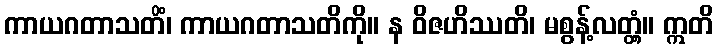
ကာယဂတာသတိံ၊ ကာယဂတာသတိကို။ န ဝိဇဟိဿတိ၊ မစွန့်လတ္တံ့။ ဣတိ